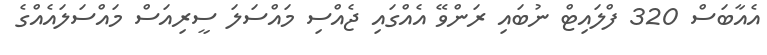
އެއާބަސް 320 ފްލައިޓް ނުބައި ރަންވޭ އެއްގައި ޖެއްސި މައްސަލަ ސީރިއަސް މައްސަލައެއްގެ